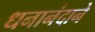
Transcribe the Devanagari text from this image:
धनानंदाने